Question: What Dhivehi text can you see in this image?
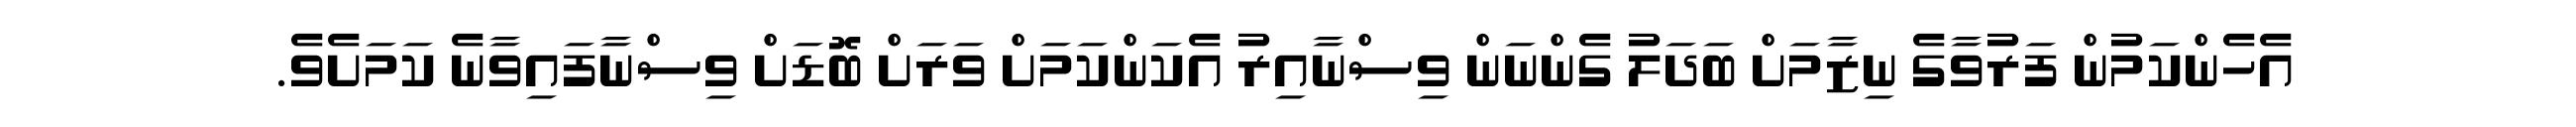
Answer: އެހެންކަމުން ފަރުވާގެ ނިޒާމަށް ބަދަލު ގެންނަން ވިސްނާއިރު އެކަންކަމަށް ވަރަށް ބޮޑަށް ވިސްނާފައިވާނެ ކަމަށެވެ.